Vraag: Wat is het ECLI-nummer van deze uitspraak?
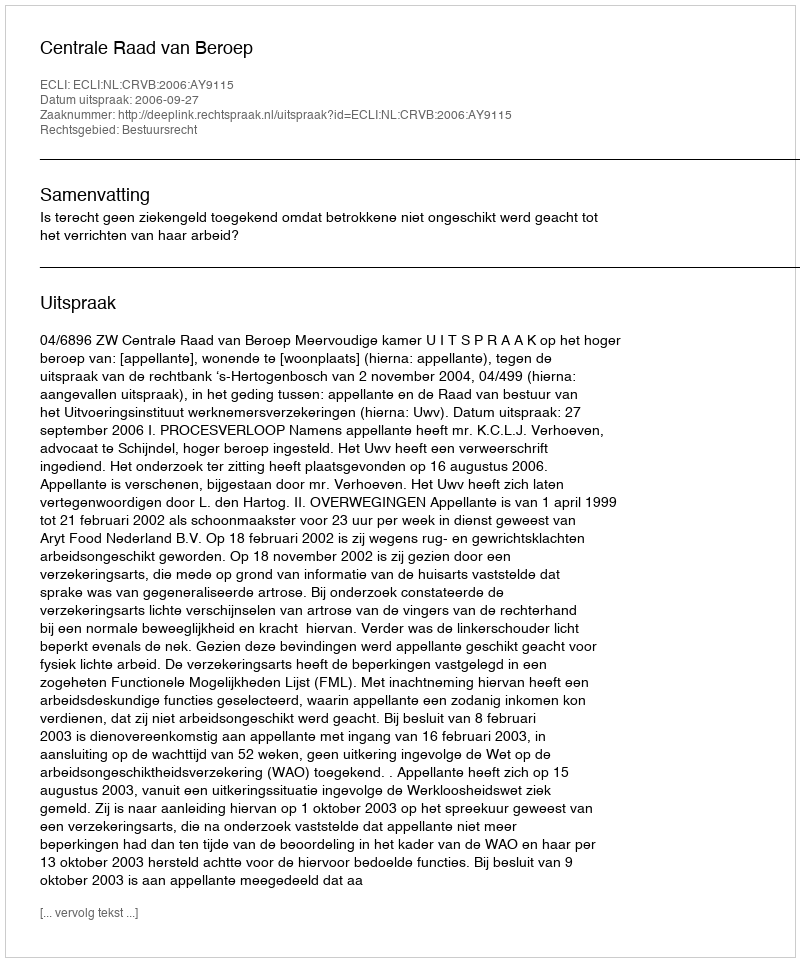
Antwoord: ECLI:NL:CRVB:2006:AY9115